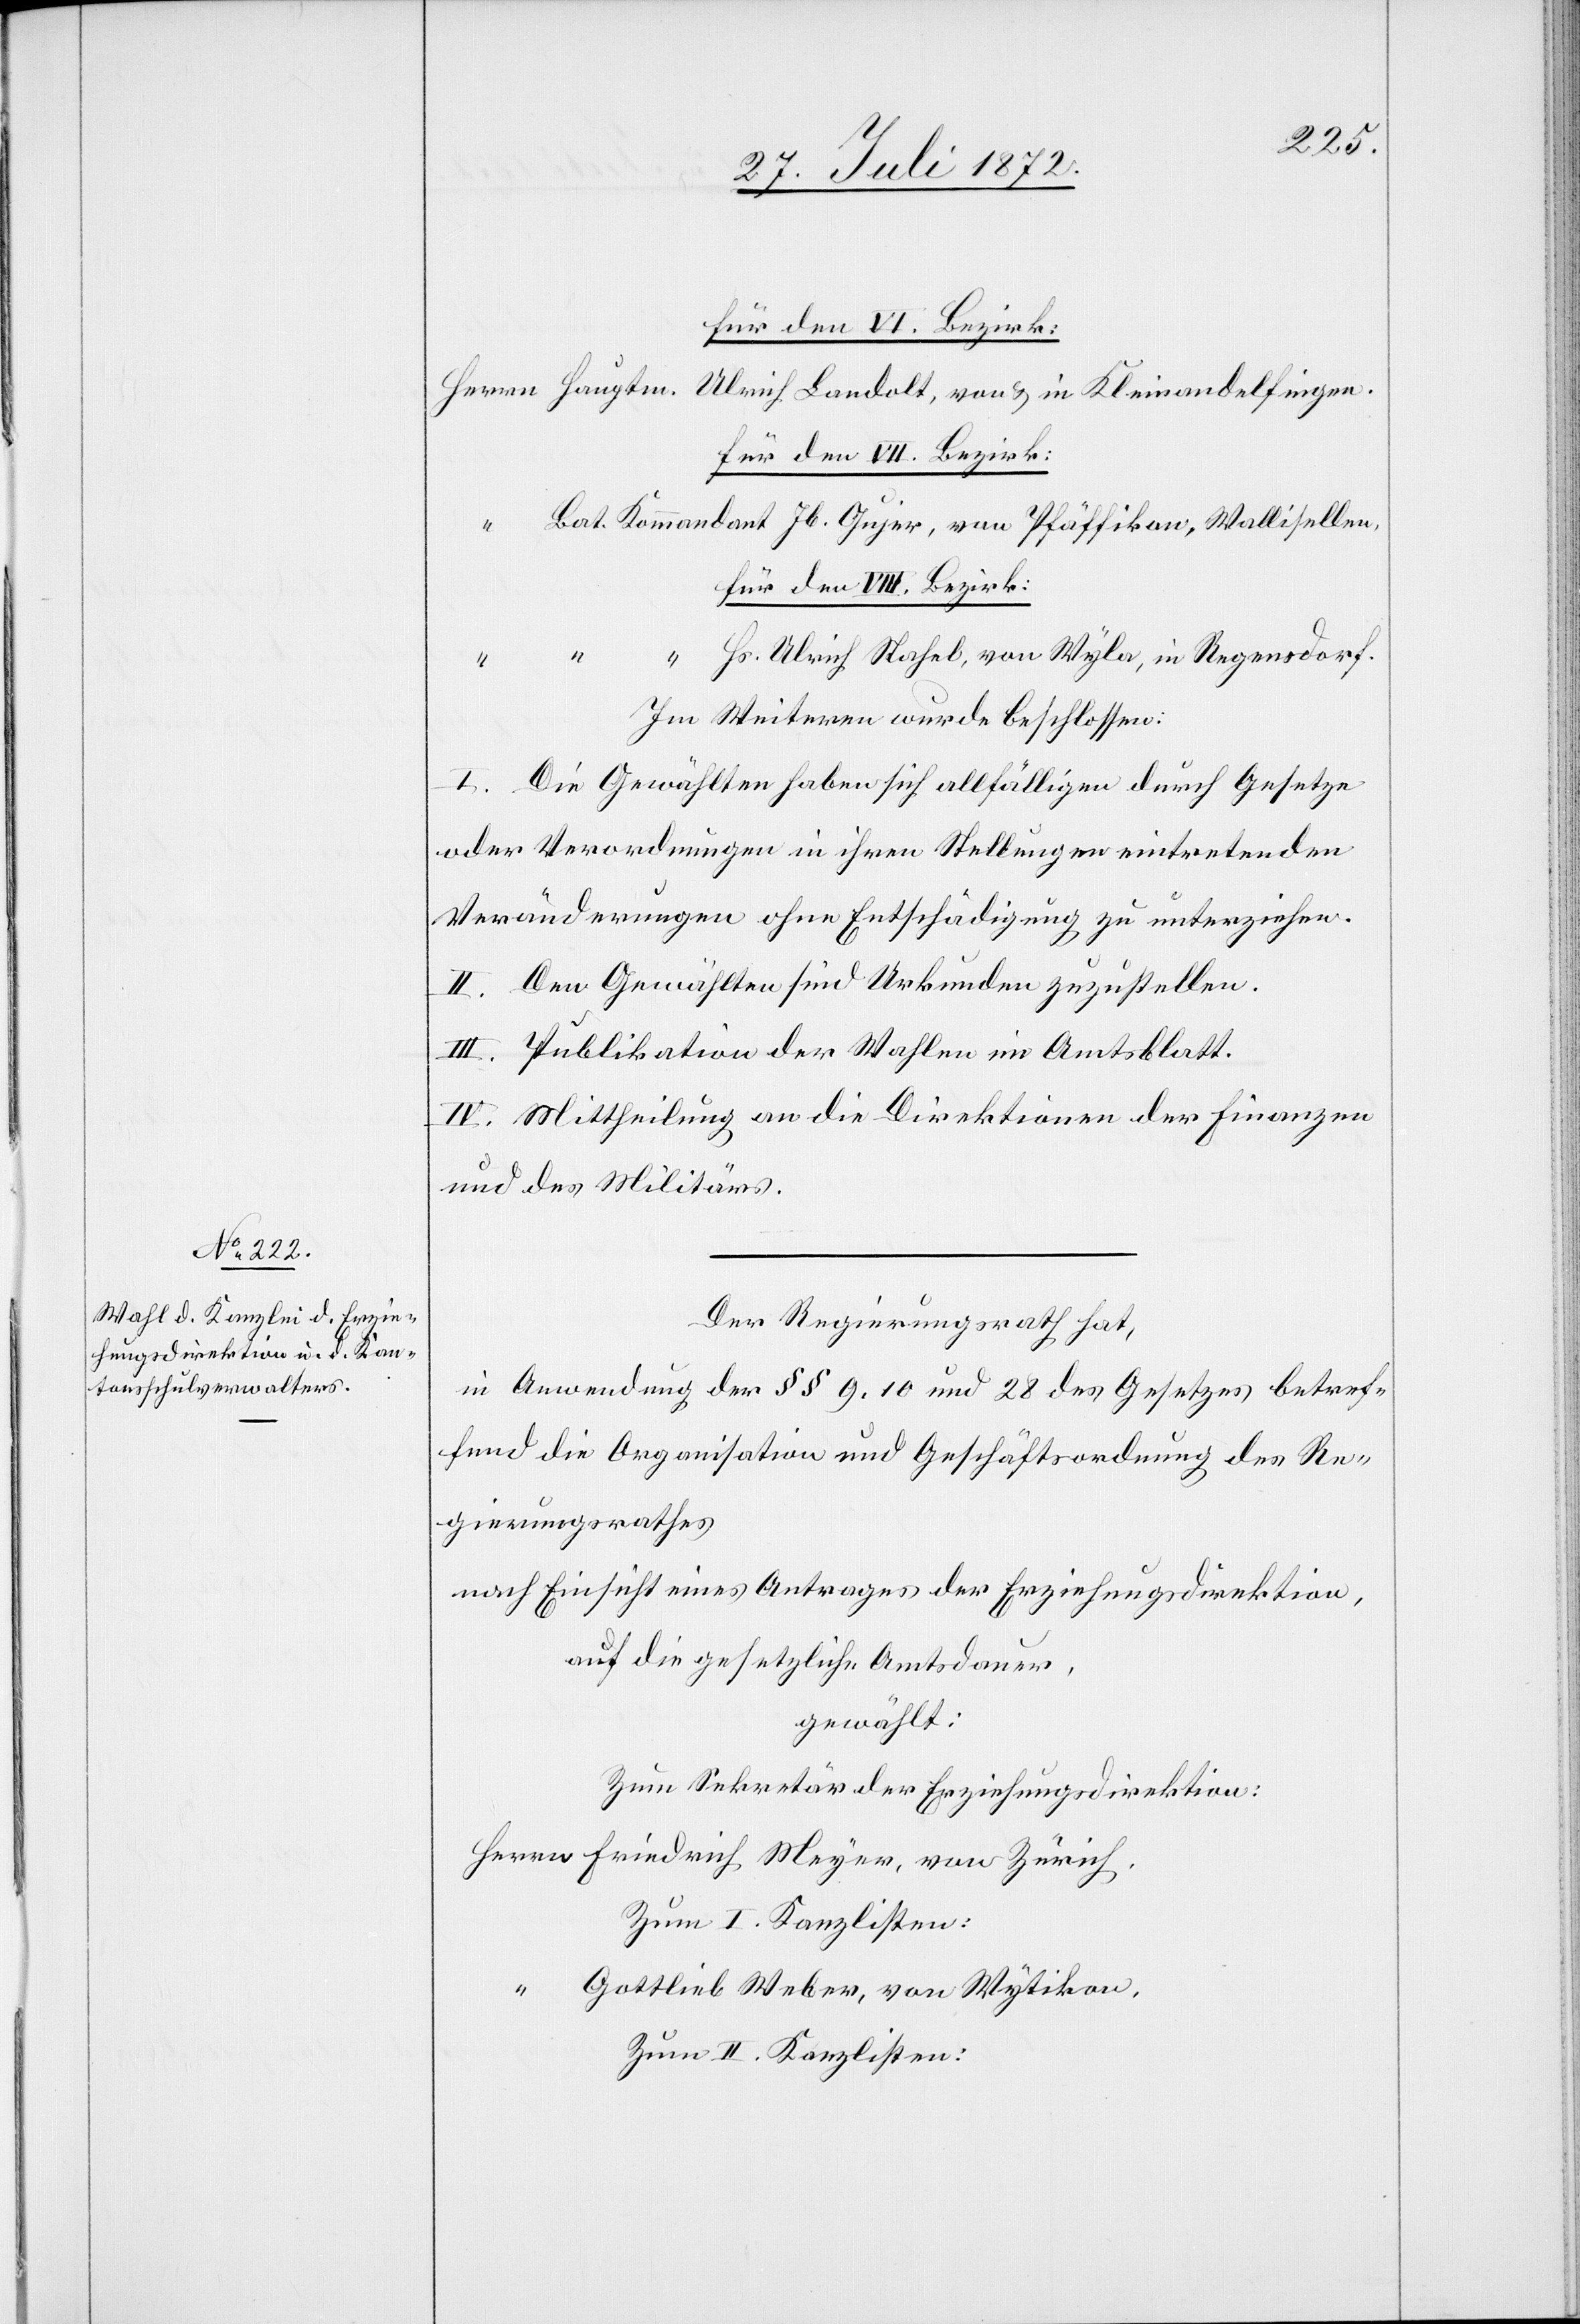
Herrn Hauptm.
Ulrich Landolt, von u. in Kleinandelfingen,
für den VII. Bezirk:
“ Bat. Kommandant Jb. Gujer, von Pfäffikon, Wallisellen,
für den VIII. Bezirk:
“ “ “ Hs. Ulrich Stahel, von Wyla, in Regensdorf.
Im Weiteren wurde beschlossen:
I. Die Gewählten haben sich allfälligen durch Gesetze
oder Verordnungen in ihren Stellungen eintretenden
Veränderungen ohne Entschädigung zu unterziehen.
II. Den Gewählten sind Urkunden zuzustellen.
III. Publikation der Wahlen im Amtsblatt.
IV. Mittheilung an die Direktion der Finanzen
und des Militärs.
Der Regierungsrath hat,
in Anwendung der §§ 9, 10 und 28 des Gesetzes betref¬
fend die Organisation und Geschäftsordnung des Re¬
gierungsrathes
nach Einsicht eines Antrages der Erziehungsdirektion,
auf die gesetzliche Amtsdauer,
gewählt:
Zum Sekretär der Erziehungsdirektion:
Herrn Friedrich Meyer, von Zürich.
Zum I. Kanzlisten:
“ Gottlieb Weber, von Wytikon,
Zum II. Kanzlisten: